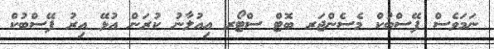
ނަމަވެސް ފޭސްބުކް މެސެންޖަރ ބޮޓް ސްޓޯރ އިއުލާނު ކުރަން އުޅޭ އިރު ފޭސްބުކް